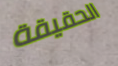
الحقيقة